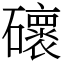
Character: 䃶